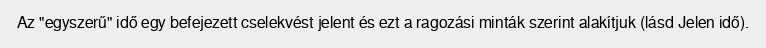
Az "egyszerű" idő egy befejezett cselekvést jelent és ezt a ragozási minták szerint alakítjuk (lásd Jelen idő).